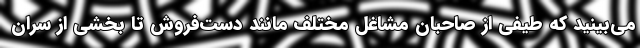
می‌بینید که طیفی از صاحبان مشاغل مختلف مانند دست‌فروش تا بخشی از سران